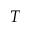
T